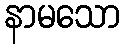
နာမသော